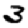
Digit: 3